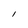
Character: I